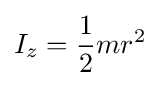
I_{z}={\frac {1}{2}}mr^{2}\,\!